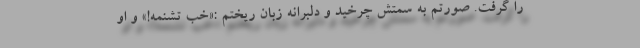
را گرفت. صورتم به سمتش چرخید و دلبرانه زبان ریختم :«خب تشنمه!» و او